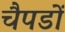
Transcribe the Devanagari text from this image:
चैपडों